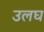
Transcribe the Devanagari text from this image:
उलघ